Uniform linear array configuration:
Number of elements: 32
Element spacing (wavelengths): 0.75
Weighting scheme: hamming
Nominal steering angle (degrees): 0
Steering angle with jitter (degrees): -1.466
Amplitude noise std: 0.05
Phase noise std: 0.05

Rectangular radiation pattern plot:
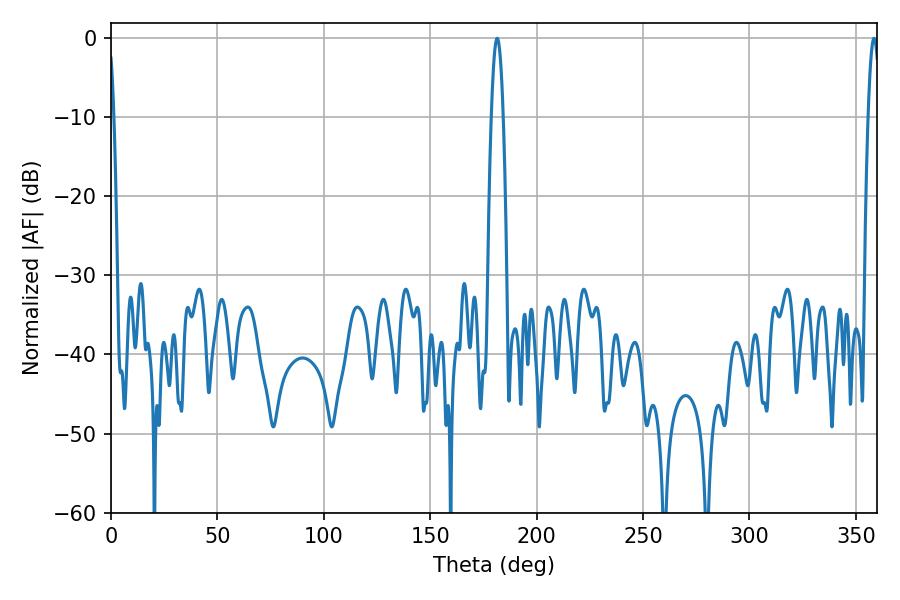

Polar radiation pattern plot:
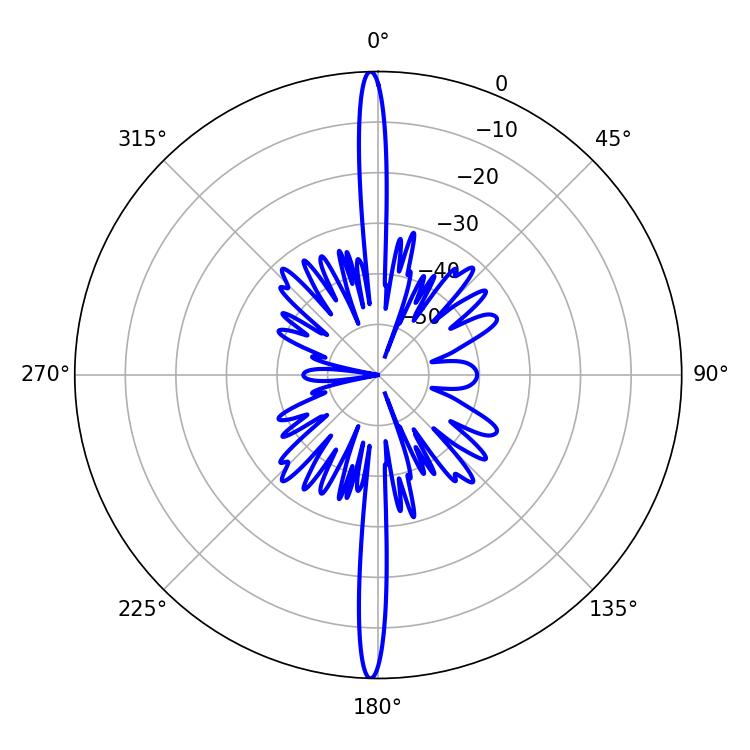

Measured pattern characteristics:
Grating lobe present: TRUE
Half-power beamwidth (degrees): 3.06
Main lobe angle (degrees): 181.44